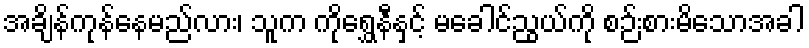
အချိန်ကုန်နေမည်လား၊ သူက ကိုရွှေနီနှင့် မခေါင်ညွယ်ကို စဉ်းစားမိသောအခါ